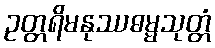
ဥတ္တရိမနုဿဓမ္မသုတ္တံ